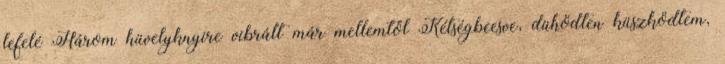
lefelé Három hüvelyknyire vibrált már mellemtől Kétségbeesve, dühödten küszködtem,